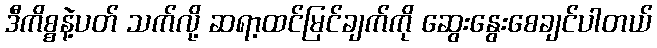
ဒီကိစ္စနဲ့ပတ် သက်လို့ ဆရာ့ထင်မြင်ချက်ကို ဆွေးနွေးစေချင်ပါတယ်